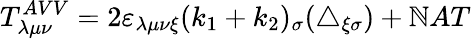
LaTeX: T_{\lambda\mu\nu}^{AVV}=2\varepsilon_{\lambda\mu\nu\xi}(k_{1}+k_{2})_{\sigma}(\triangle_{\xi\sigma})+\mathbb{N}AT